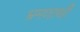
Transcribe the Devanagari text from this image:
भ्रमणार्थी